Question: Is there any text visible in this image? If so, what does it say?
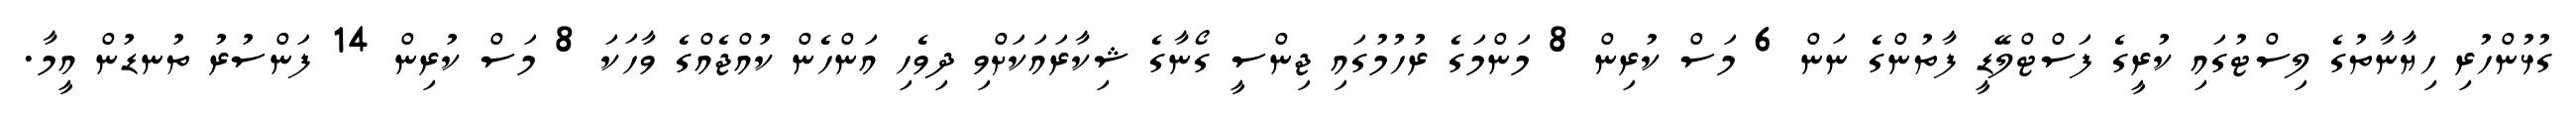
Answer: ގުޅުންހުރި ހިޔާނާތުގެ ލިސްޓުގައި ކުރީގެ ފަސްޓްލޭޑީ ފާތުންގެ ނަން 6 މަސް ކުރިން 8 މަންމަގެ ރުހުމުގައި ޖިންސީ ގޯނާގެ ޝިކާރައަކަށްވި ދިވެހި އަންހެން ކުއްޖެއްގެ ވާހަކަ 8 މަސް ކުރިން 14 ފަންސުރު ތުނޑުން އީމާ.